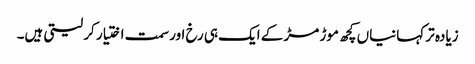
زیادہ تر کہانیاں کچھ موڑ مڑ کے ایک ہی رخ اور سمت اختیار کر لیتی ہیں۔